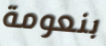
بنعومة